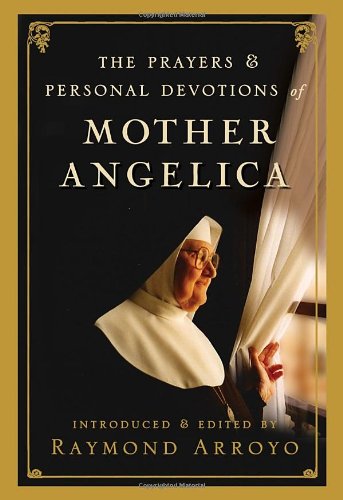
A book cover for The Prayers and Personal Devotions of Mother Angelica; Raymond Arroyo; Religion & Spirituality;